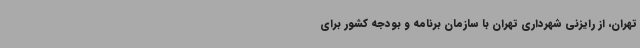
تهران، از رایزنی شهرداری تهران با سازمان برنامه و بودجه کشور برای